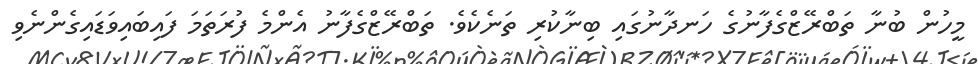
މީހުން ބުނާ ތަބްރޭޒްގެފާނުގެ ހަނދާނުގައި ބިނާކުރި ތަނެކެވެ. ތަބްރޭޒްގެފާނު އެންމެ ފުރަތަމަ ފައިބައިވަޑައިގެންނެވި